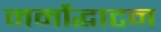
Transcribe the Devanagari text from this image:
मर्मोद्घाटन